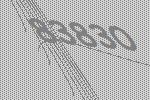
83830